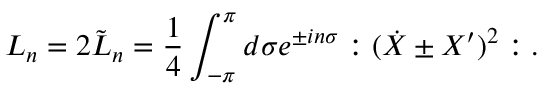
L _ { n } = 2 \tilde { L } _ { n } = \frac { 1 } { 4 } \int _ { - \pi } ^ { \pi } d \sigma e ^ { \pm i n \sigma } : ( \dot { X } \pm X ^ { \prime } ) ^ { 2 } : .